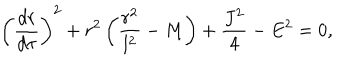
LaTeX: \left( \frac { d r } { d \tau } \right) ^ { 2 } + r ^ { 2 } \left( \frac { r ^ { 2 } } { l ^ { 2 } } - M \right) + \frac { J ^ { 2 } } { 4 } - E ^ { 2 } = 0 ,